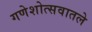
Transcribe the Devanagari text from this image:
गणेशोत्सवातले